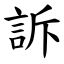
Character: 訴